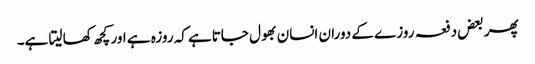
پھر بعض دفعہ روزے کے دوران انسان بھول جاتاہے کہ روزہ ہے اور کچھ کھا لیتا ہے۔